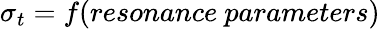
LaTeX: \sigma_{t}=f(resonance\ parameters)